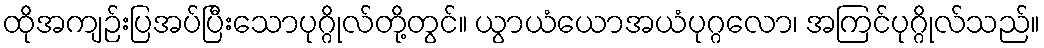
ထိုအကျဉ်းပြအပ်ပြီးသောပုဂ္ဂိုလ်တို့တွင်။ ယွာယံယောအယံပုဂ္ဂလော၊ အကြင်ပုဂ္ဂိုလ်သည်။